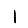
Digit: 1